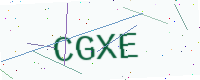
Text: CGXE